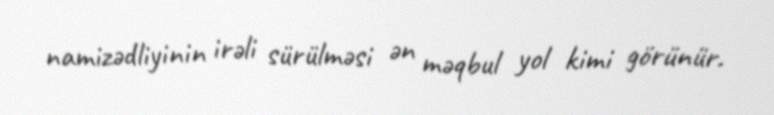
namizədliyinin irəli sürülməsi ən məqbul yol kimi görünür.